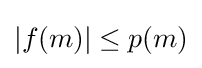
|f(m)|\leq p(m)